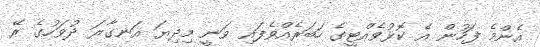
އެންމެ ފަހުން އެ ކޮޅުވެއްޓީގެ ހަބަރެއްވެފައި ވަނީ މިދިޔަ އަނގާރަ ދުވަހުގެ ރޭ